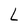
Character: L